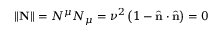
\| \mathbf { N } \| = N ^ { \mu } N _ { \mu } = \nu ^ { 2 } \left( 1 - { \hat { \mathbf { n } } } \cdot { \hat { \mathbf { n } } } \right) = 0